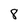
Character: 8